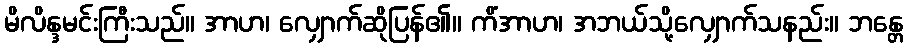
မိလိန္ဒမင်းကြီးသည်။ အာဟ၊ လျှောက်ဆိုပြန်၏။ ကိံအာဟ၊ အဘယ်သို့လျှောက်သနည်း။ ဘန္တေ